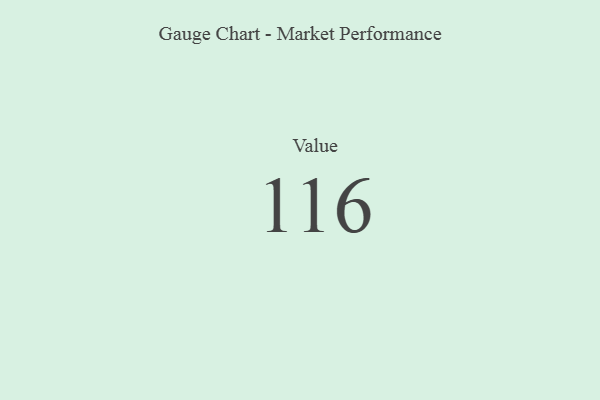
{"axis": {"x": "Metric", "y": "Value"}, "legend": [""], "data": [{"x": "Value", "y": 116, "type": ""}]}